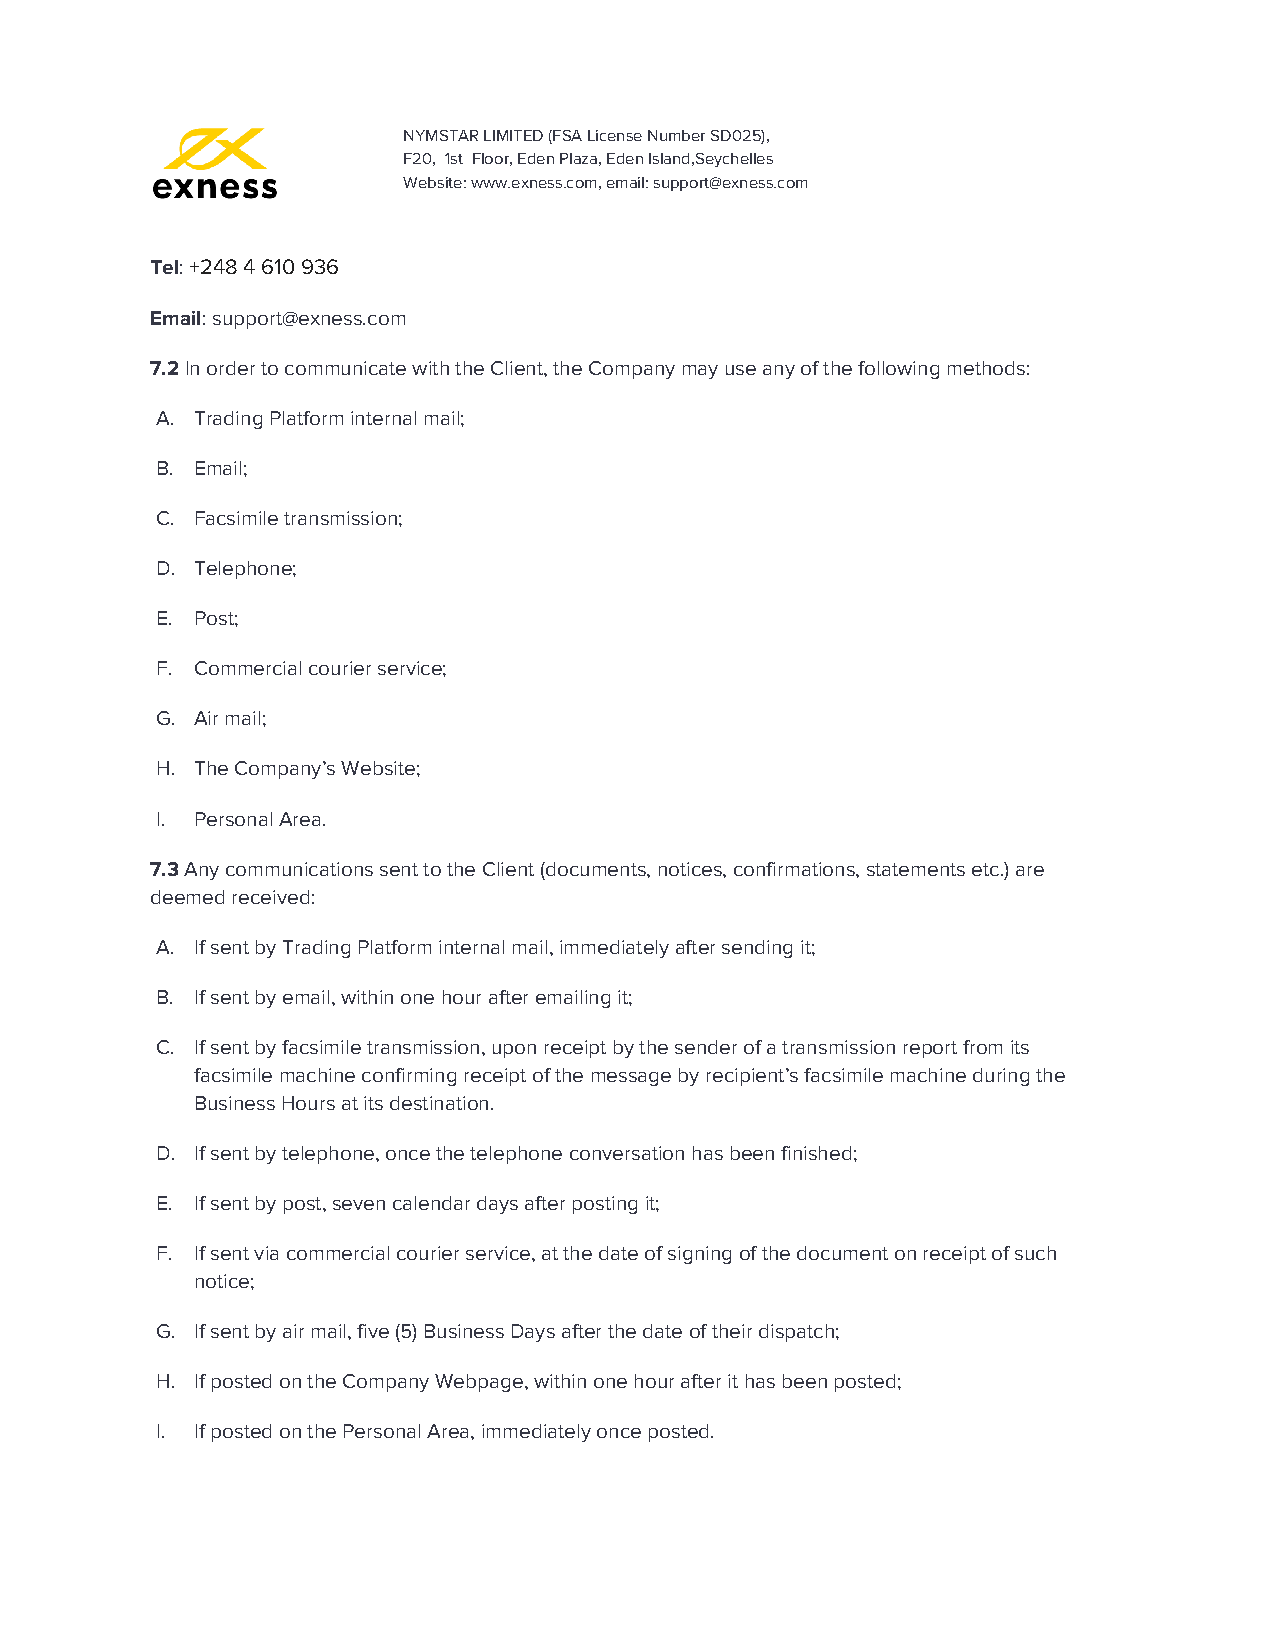
NYMSTAR LIMITED (FSA License Number SD025),
 F20, 1st Floor, Eden Plaza, Eden Island,Seychelles
 Website: www.exness.com, email: support@exness.com
 Tel: +248 4 610 936
 ​ ​
 Email: support@exness.com
 ​
 7.2 In order to communicate with the Client, the Company may use any of the following methods:
 ​
 A. Trading Platform internal mail;
 B. Email;
 C. Facsimile transmission;
 D. Telephone;
 E. Post;
 F. Commercial courier service;
 G. Air mail;
 H. The Company’s Website;
 I. Personal Area.
 7.3 Any communications sent to the Client (documents, notices, confirmations, statements etc.) are
 ​
 deemed received:
 A. If sent by Trading Platform internal mail, immediately after sending it;
 B. If sent by email, within one hour after emailing it;
 C. If sent by facsimile transmission, upon receipt by the sender of a transmission report from its
 facsimile machine confirming receipt of the message by recipient’s facsimile machine during the
 Business Hours at its destination.
 D. If sent by telephone, once the telephone conversation has been finished;
 E. If sent by post, seven calendar days after posting it;
 F. If sent via commercial courier service, at the date of signing of the document on receipt of such
 notice;
 G. If sent by air mail, five (5) Business Days after the date of their dispatch;
 H. If posted on the Company Webpage, within one hour after it has been posted;
 I. If posted on the Personal Area, immediately once posted.